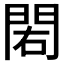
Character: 𨳾